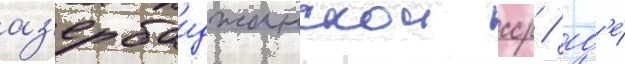
аз'ербаиджанскои сср / гд'е́